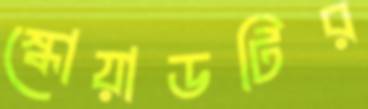
স্কোয়াডটির